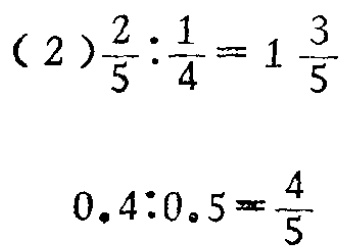
(2) \(\frac{2}{5}:\frac{1}{4}=1\frac{3}{5}\)

\(0.4:0.5=\frac{4}{5}\)